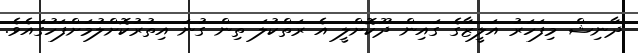
ދާނިޝް މިފަހަރު އަލީޒާގެ ގައިން ދޫކޮށްލީ އެ ރަތްކުލަ ތިން ގުނަ އިތުރުކޮށްލުމަށްފަހުގައެވެ.